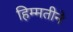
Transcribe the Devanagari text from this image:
हिम्मतीने